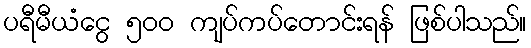
ပရီမီယံငွေ ၅၀၀ ကျပ်ကပ်တောင်းရန် ဖြစ်ပါသည်။